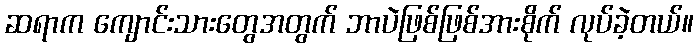
ဆရာက ကျောင်းသားတွေအတွက် ဘာပဲဖြစ်ဖြစ်အားစိုက် လုပ်ခဲ့တယ်။